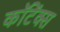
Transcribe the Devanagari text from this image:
कॉटेंक्स